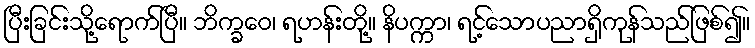
ပြီးခြင်းသို့ရောက်ပြီ။ ဘိက္ခဝေ၊ ရဟန်းတို့။ နိပက္ကာ၊ ရင့်သောပညာရှိကုန်သည်ဖြစ်၍။